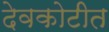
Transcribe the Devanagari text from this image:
देवकोटीत